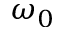
\omega _ { 0 }